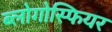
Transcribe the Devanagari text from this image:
ब्लोगोस्फियर